Indian journal of veterinary science and animal husbandry - Volume 11,
Year: 1941
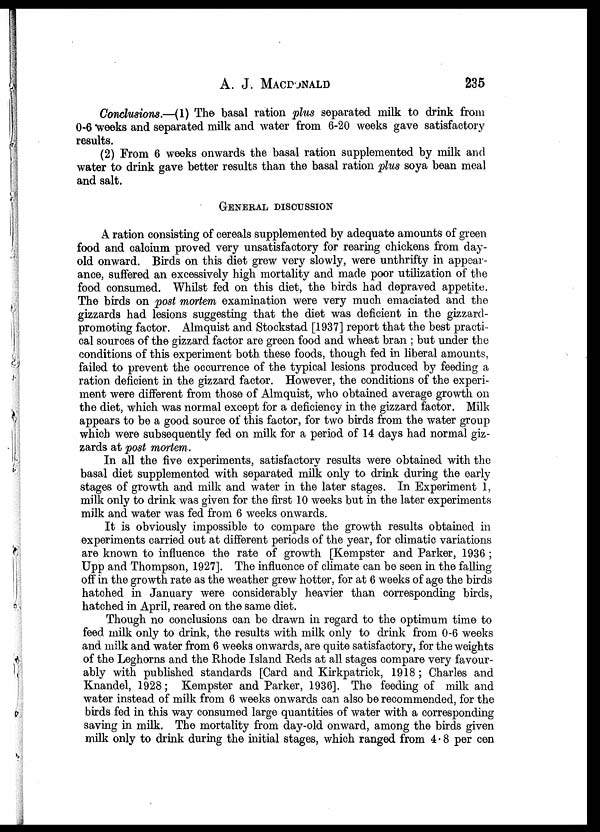
A. J.
MACDONALD
235
Conclusions.—(1) The basal ration plus separated milk to drink from
0-6 weeks and separated milk and water from 6-20 weeks gave satisfactory
results.
(2) From 6 weeks onwards the basal ration supplemented by milk and
water to drink gave better results than the basal ration plus soya bean meal
and salt.
GENERAL DISCUSSION
A ration consisting of cereals supplemented by adequate amounts of green
food and calcium proved very unsatisfactory for rearing chickens from day-
old onward. Birds on this diet grew very slowly, were unthrifty in appear-
ance, suffered an excessively high mortality and made poor utilization of the
food consumed. Whilst fed on this diet, the birds had depraved appetite.
The birds on post mortem examination were very much emaciated and the
gizzards had lesions suggesting that the diet was deficient in the gizzard-
promoting factor. Almquist and Stockstad [1937] report that the best practi-
cal sources of the gizzard factor are green food and wheat bran ; but under the
conditions of this experiment both these foods, though fed in liberal amounts,
failed to prevent the occurrence of the typical lesions produced by feeding a
ration deficient in the gizzard factor. However, the conditions of the experi-
ment were different from those of Almquist, who obtained average growth on
the diet, which was normal except for a deficiency in the gizzard factor. Milk
appears to be a good source of this factor, for two birds from the water group
which were subsequently fed on milk for a period of 14 days had normal giz-
zards at post mortem.
In all the five experiments, satisfactory results were obtained with the
basal diet supplemented with separated milk only to drink during the early
stages of growth and milk and water in the later stages. In Experiment 1,
milk only to drink was given for the first 10 weeks but in the later experiments
milk and water was fed from 6 weeks onwards.
It is obviously impossible to compare the growth results obtained in
experiments carried out at different periods of the year, for climatic variations
are known to influence the rate of growth [Kempster and Parker, 1936 ;
Upp and Thompson, 1927]. The influence of climate can be seen in the falling
off in the growth rate as the weather grew hotter, for at 6 weeks of age the birds
hatched in January were considerably heavier than corresponding birds,
hatched in April, reared on the same diet.
Though no conclusions can be drawn in regard to the optimum time to
feed milk only to drink, the results with milk only to drink from 0-6 weeks
and milk and water from 6 weeks onwards, are quite satisfactory, for the weights
of the Leghorns and the Rhode Island Reds at all stages compare very favour-
ably with published standards [Card and Kirkpatrick, 1918 ; Charles and
Knandel, 1928; Kempster and Parker, 1936]. The feeding of milk and
water instead of milk from 6 weeks onwards can also be recommended, for the
birds fed in this way consumed large quantities of water with a corresponding
saving in milk. The mortality from day-old onward, among the birds given
milk only to drink during the initial stages, which ranged from 4 . 8 per cen